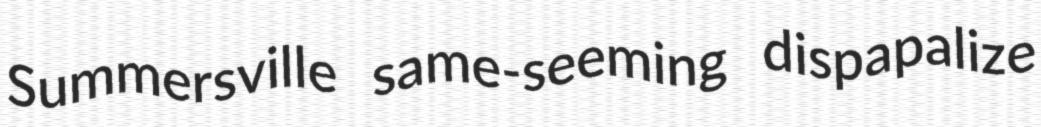
Summersville same-seeming dispapalize